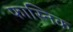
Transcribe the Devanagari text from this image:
फास्निक